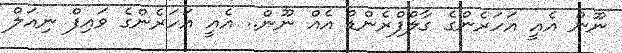
ނޫން އެއީ އަހަރެންގެ ގާލްފްރެންޑް އެއް ނޫން.. އެއީ އަހަރެންގެ ވައިފް ނިއަލް